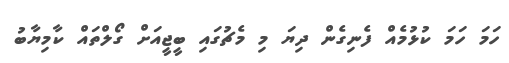
ހަމަ ހަމަ ކުޅުމެއް ފެނިގެން ދިޔަ މި މެޗުގައި ބީޖީއަށް ގޯލްތައް ކާމިޔާބު